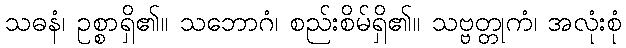
သဓနံ၊ ဥစ္စာရှိ၏။ သဘောဂံ၊ စည်းစိမ်ရှိ၏။ သဗ္ဗတ္တုကံ၊ အလုံးစုံ